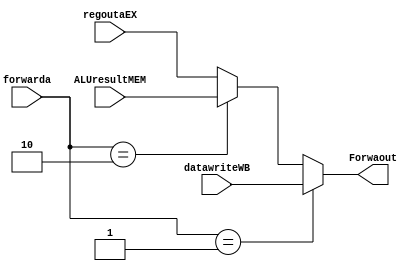
`timescale 1ns / 1ps
module muxForwa(regoutaEX,datawriteWB,ALUresultMEM,forwarda,Forwaout);
	input [31:0] regoutaEX;
	input [31:0] datawriteWB;
	input [31:0] ALUresultMEM;
	input [1:0] forwarda;
	output reg [31:0] Forwaout;
	always @(*) begin
		if (forwarda==2'b01) 
		begin
			Forwaout<=datawriteWB;
		end
		else if (forwarda==2'b10)
		begin
			Forwaout<=ALUresultMEM;
		end
		else 
		begin
			Forwaout<=regoutaEX;
		end
	end
endmodule